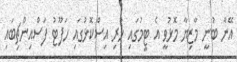
އޭނާ ބުނީ މާޒިޔާ މޮޅުވީ އެ ޓީމުގައި ހުރި އިސްކޮޅުގައި ހަފޫޓު ފަސްއިންޗިބައި